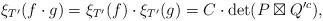
LaTeX: \begin{align*}\xi_{T'}(f\cdot g) = \xi_{T'}(f) \cdot \xi_{T'}(g) = C\cdot \det(P\boxtimes Q'^{c}),\end{align*}